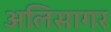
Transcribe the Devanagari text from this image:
अलिसागर